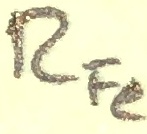
Text: RFe